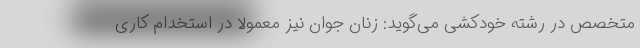
متخصص در رشته خودکشی می‌گوید: زنان جوان نیز معمولا در استخدام کاری